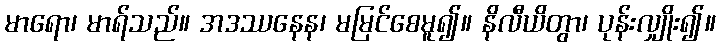
မာရော၊ မာရ်သည်။ အဒဿနေန၊ မမြင်စေမူ၍။ နိလီယိတွာ၊ ပုန်းလျှိုး၍။